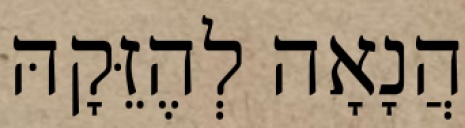
הֲנָאָה לְהֶזֵּקָהּ